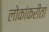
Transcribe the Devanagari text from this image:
लोकांकरीता